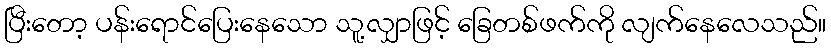
ပြီးတော့ ပန်းရောင်ပြေးနေသော သူ့လျှာဖြင့် ခြေတစ်ဖက်ကို လျက်နေလေသည်။